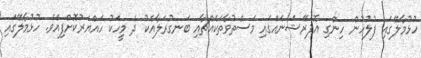
ހުޅުމާލޭގައި ފުލުހުން ހިންގި އޮޕަރޭޝަނެއްގައި މަސްތުވާތަކެއްޗާއި ބަނގުރަލާއެކު ދެ މީހަކު ހައްޔަރުކޮށްފިއެވެ. ހުޅުމާލޭގައި